Indian journal of veterinary science and animal husbandry - Volume 2,
Year: 1932
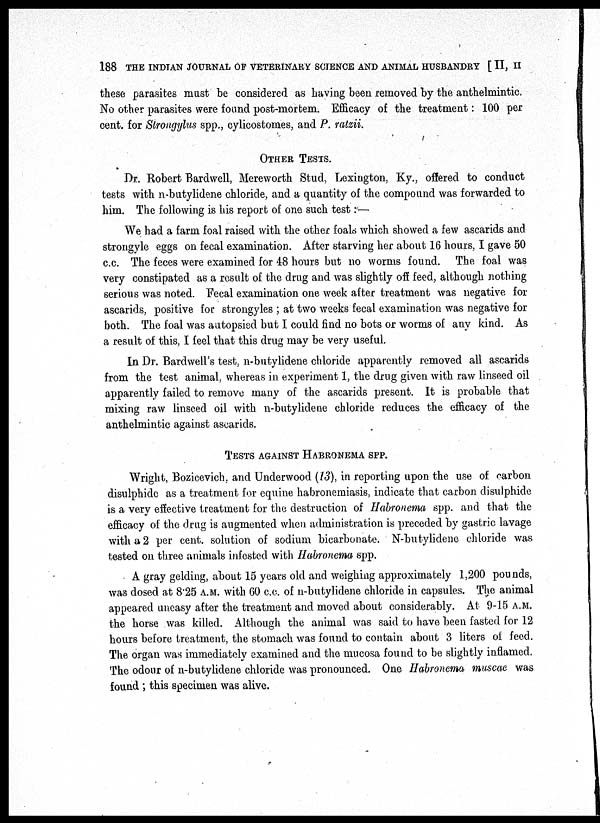
188 THE INDIAN JOURNAL OF VETERINARY SCIENCE AND ANIMAL HUSBANDRY [ II, II
these parasites must be considered as having been removed by the anthelmintic.
No other parasites were found post-mortem. Efficacy of the treatment: 100 per
cent. for Strongylus spp., cylicostomes, and P. ratzii.
OTHER TESTS.
Dr. Robert Bardwell, Mereworth Stud, Lexington, Ky., offered to conduct
tests with n-butylidene chloride, and a quantity of the compound was forwarded to
him. The following is his report of one such test:—
We had a farm foal raised with the other foals which showed a few ascarids and
strongyle eggs on fecal examination. After starving her about 16 hours, I gave 50
c.c. The feces were examined for 48 hours but no worms found. The foal was
very constipated as a result of the drug and was slightly off feed, although nothing
serious was noted. Fecal examination one week after treatment was negative for
ascarids, positive for strongyles ; at two weeks fecal examination was negative for
both. The foal was autopsied but I could find no bots or worms of any kind. As
a result of this, I feel that this drug may be very useful.
In Dr. Bardwell's test, n-butylidene chloride apparently removed all ascarids
from the test animal, whereas in experiment 1, the drug given with raw linseed oil
apparently failed to remove many of the ascarids present. It is probable that
mixing raw linseed oil with n-butylidene chloride reduces the efficacy of the
anthelmintic against ascarids.
TESTS AGAINST HABRONEMA SPP.
Wright, Bozicevich, and Underwood (13), in reporting upon the use of carbon
disulphide as a treatment for equine habronemiasis, indicate that carbon disulphide
is a very effective treatment for the destruction of Habronema spp. and that the
efficacy of the drug is augmented when administration is preceded by gastric lavage
with a 2 per cent. solution of sodium bicarbonate. N-butylidene chloride was
tested on three animals infested with Habronema spp.
A gray gelding, about 15 years old and weighing approximately 1,200 pounds,
was dosed at 8.25 A.M. with 60 c.c. of n-butylidene chloride in capsules. The animal
appeared uneasy after the treatment and moved about considerably. At 9-15 A.M.
the horse was killed. Although the animal was said to have been fasted for 12
hours before treatment, the stomach was found to contain about 3 liters of feed.
The organ was immediately examined and the mucosa found to be slightly inflamed.
The odour of n-butylidene chloride was pronounced. One Habronema muscae was
found ; this specimen was alive.